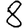
Digit: 8